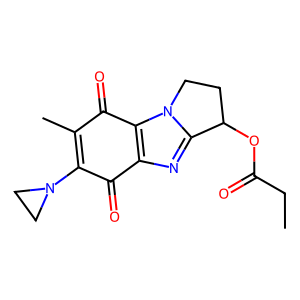
SMILES: CCC(=O)OC1CCn2c1nc1c2C(=O)C(C)=C(N2CC2)C1=O
Inhibits HIV replication: No